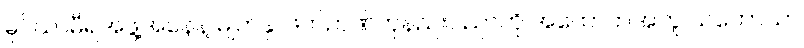
မိုင်ယာမီရဲအဖွဲ့အနေနဲ့ မျက်နှာဖတ်ဉာဏ်တုနည်းပညာကို အထောက်အကူ သဘောသာ